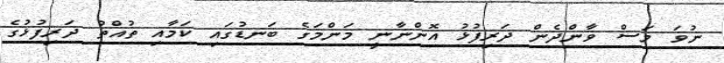
ނުވަ މަސް ވާންދެން ދަރިފުޅު އޮންނާނީ މަންމަގެ ބަނޑުގައި ކަމާއި ތުއްތު ދަރިފުޅުގެ